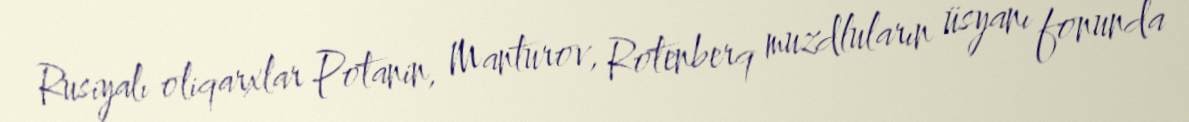
Rusiyalı oliqarxlar Potanin, Manturov, Rotenberq muzdluların üsyanı fonunda